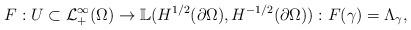
LaTeX: \begin{align*} F : U \subset \mathcal{L}_{+}^{\infty}(\Omega) \to \mathbb{L}(H^{1/2}(\partial \Omega), H^{-1/2}(\partial \Omega)): F(\gamma) = \Lambda_{\gamma},\end{align*}